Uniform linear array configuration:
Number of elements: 32
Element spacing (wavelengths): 0.25
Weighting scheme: uniform
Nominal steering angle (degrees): -45
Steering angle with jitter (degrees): -46.254
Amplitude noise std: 0.05
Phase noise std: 0.05

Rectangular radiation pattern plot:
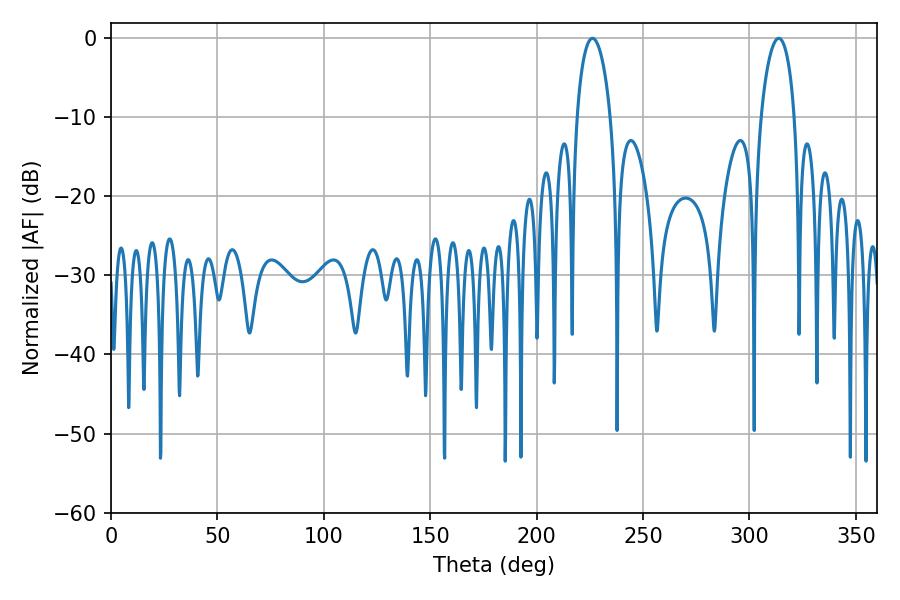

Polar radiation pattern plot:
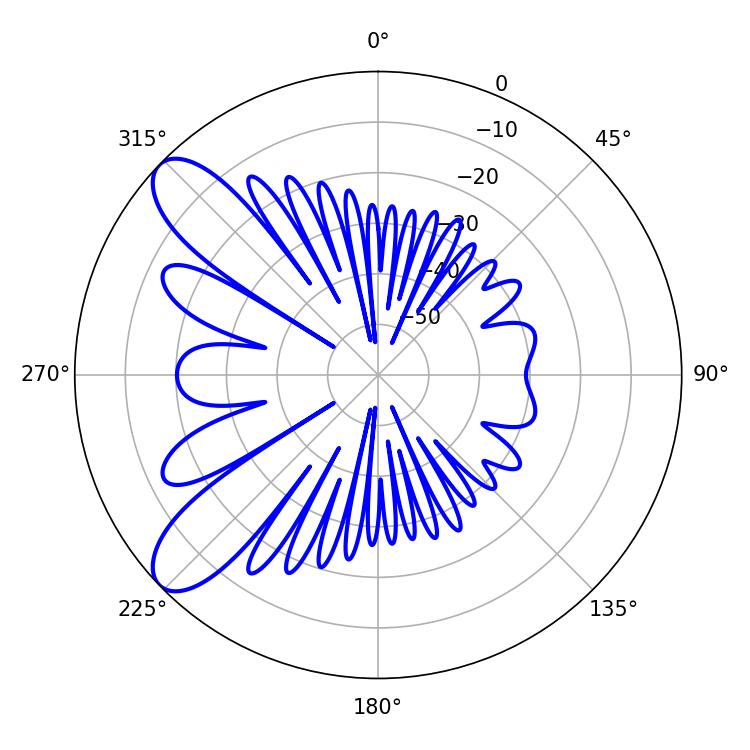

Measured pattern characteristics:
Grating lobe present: FALSE
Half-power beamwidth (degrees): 9
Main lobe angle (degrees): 226.26